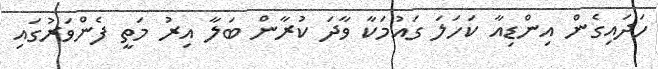
ހަދައިގެން އިންޑިއާ ކަހަލަ ގައުމަކާ ވާދަ ކުރާން ބަލާ އިރު މަތީ ފެންވަރުގައި